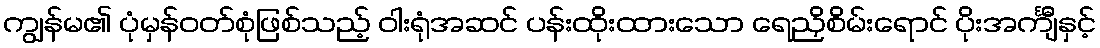
ကျွန်မ၏ ပုံမှန်ဝတ်စုံဖြစ်သည့် ဝါးရုံအဆင် ပန်းထိုးထားသော ရေညှိစိမ်းရောင် ပိုးအင်္ကျီနှင့်